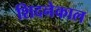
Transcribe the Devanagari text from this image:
शिदनेकाल